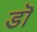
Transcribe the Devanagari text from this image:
डॊ